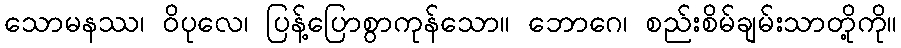
သောမနဿ၊ ဝိပုလေ၊ ပြန့်ပြောစွာကုန်သော။ ဘောဂေ၊ စည်းစိမ်ချမ်းသာတို့ကို။